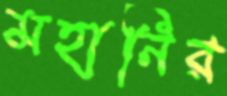
মহানির